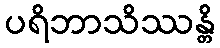
ပရိဘာသိဿန္တိ